Vaccination in Bombay 1924-1928 - 1924-1928
Year: 1924
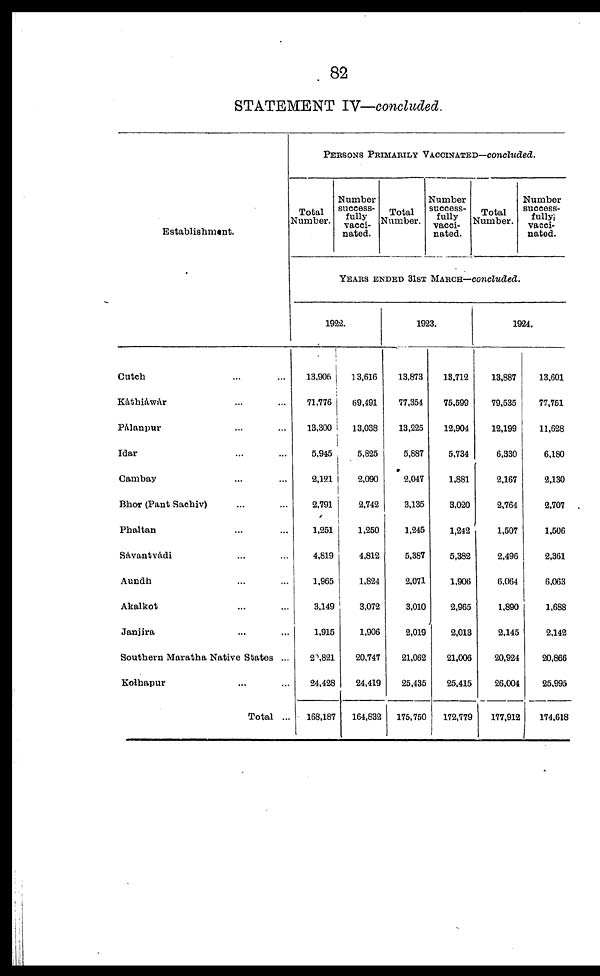
82
STATEMENT IV—concluded.
Establishment.
Cutch ... ...
Kathiàwár ... ...
Pálanpur ... ...
Idar ... ...
Cambay ... ...
Bhor (Pant Sachiv) ... ...
Phaltan ... ...
Savantvàdi ... ...
Aundh ... ...
Akalkot ... ...
Janjira ... ...
Southern Maratha Native States ...
Kolhapur ... ...
Total ...
PERSONS PRIMARILY VACCINATED—concluded.
Total
Number.
Number
success-
fully
vacci-
nated.
Total
Number.
Number
success-
fully
vacci-
nated.
Total
Number.
Number
success-
fully
vacci-
nated.
YEARS ENDED 31ST MARCH—concluded.
1922.
13,906
71,776
13,300
5,945
2,121
2,791
1,251
4,819
1,965
3,149
1,915
20,821
24,428
168,187
13,616
69,491
13,038
5,825
2,090
2,742
1,250
4,812
1,824
3,072
1,906
20,747
24,419
164,832
1923.
13,873
77,354
13,225
5,887
2,047
3,135
1,245
5,387
2,071
3,010
2,019
21,062
25,435
175,750
13,712
75,599
12,904
5,734
1,881
3,020
1,242
5,382
1,906
2,965
2,013
21,006
25,415
172,779
1924.
13,887
79,535
12,199
6,330
2,167
2,764
1,507
2,496
6,064
1,890
2,145
20,924
26,004
177,912
13,601
77,751
11,628
6,180
2,130
2,707
1,506
2,361
6,063
1,688
2,142
20,866
25,995
174,618